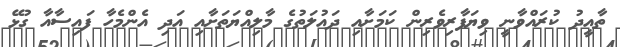
ތާއީދު ކުރައްވާނީ ވިޔަފާރިވެރިން ކަމަށާއި ދައުލަތުގެ މާލިއްޔަތަށާއި އަދި އެންމެހާ ފައިސާއާ ގުޅޭ